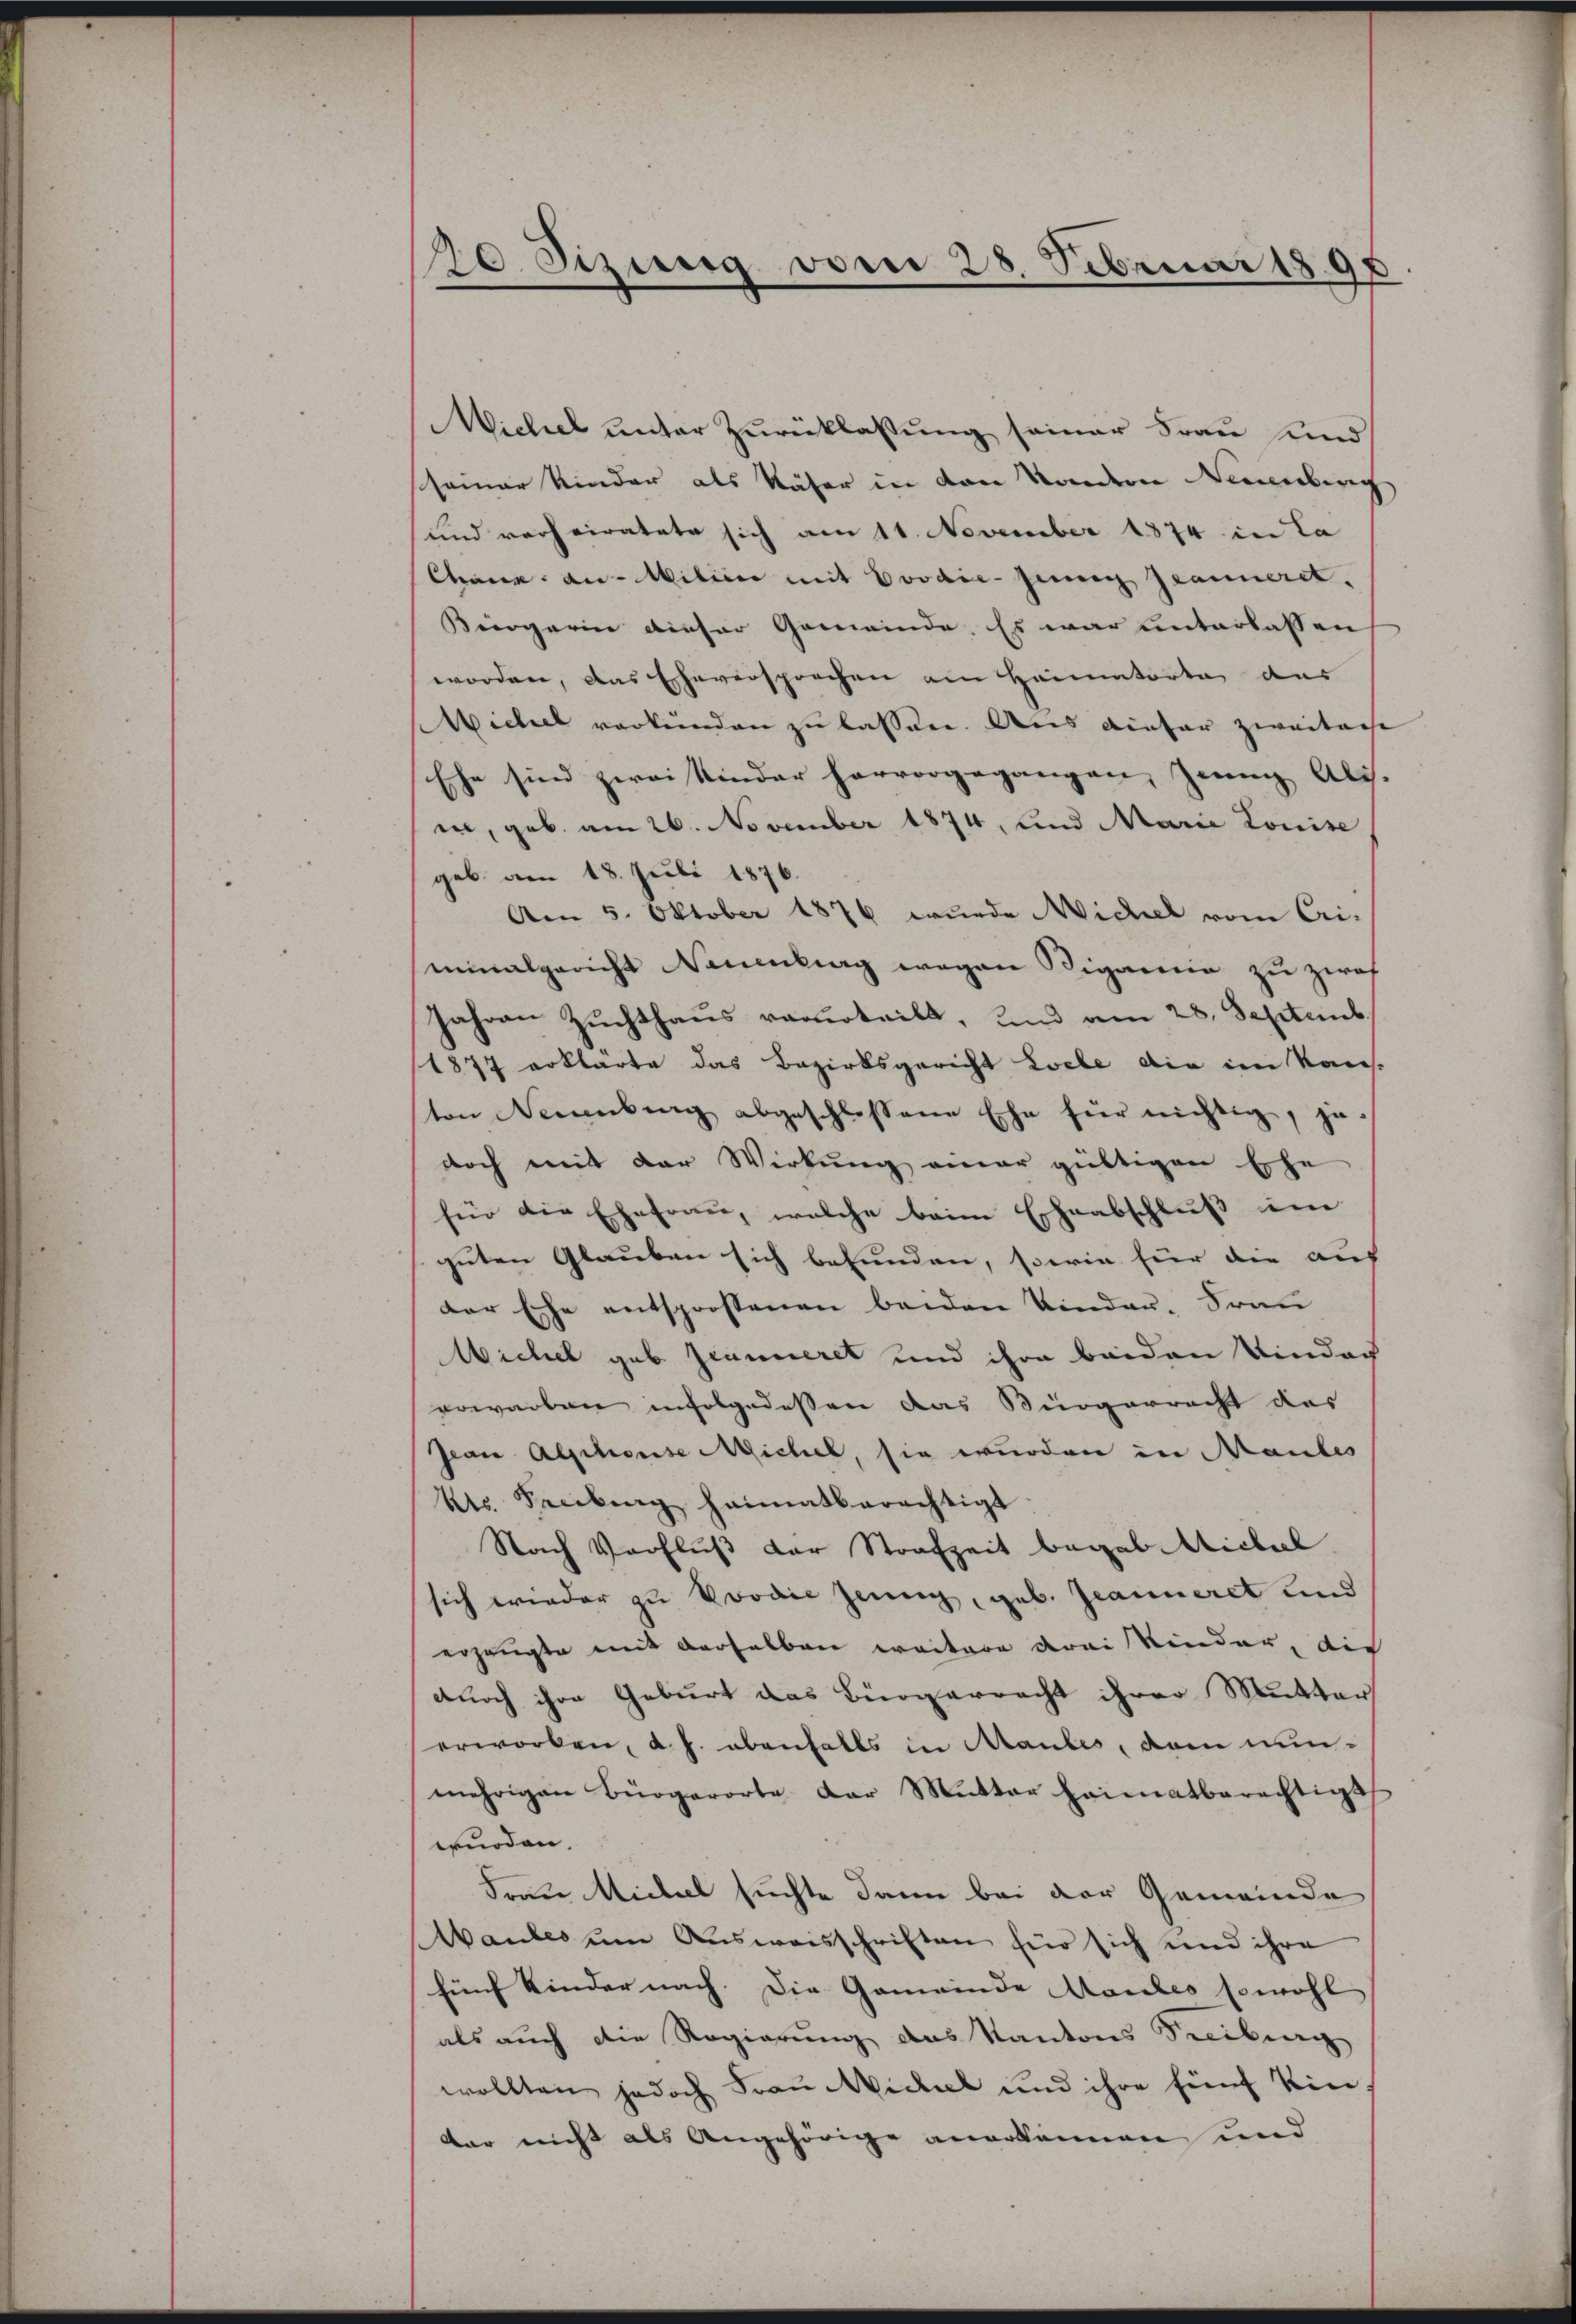
120. Sizung vom 28. Februar 1898

Michel unter Zurücklassung seiner Frau und
seiner Kinder als Näher in den Kondern Neuenburg
und verheiratete sich am 11. November 1874 in La
Chann au. Milinie mit Evodie- Jenny Jeanneret,
Bürgerin dieser Gemeinde. Es war unterlassen
worden, das Eheversprechen am Heimatorte der
Michel verkünden zu lassen. Aus diefer zweitere
Ehe sind zwei Kinder hervorgegangen, jeun Ali- |
i, geb. am 26. November 1874, und Marie Louise
geb. am 18. Juli 1876.
Am 5. Oktober 1876 wurde Michel vom Cri-
minalgericht Neuenburg wegen Rigamie zu zwof
Jahren Zuchthaus verurteilt, und am 28. Septemb
1877 erklärte das Bezirksgericht Loche die im Kans.
ton Neuenburg abgeschlossene Ehe für nichtig, je-
doch mit der Wirkung einer gültigen Ehe
für die Ehefrau, welche beim Eheabschluss um
guten Glauben sich befunden, sowie hier die aus
der Ehe entsprostenen beiden Vinder-Frau
Wichel geb. Jeanneret und ihre beiden Windach
wowarben infolgedessen das Bürgerrecht des
Jean Alphouse sichel, sie wurden in Mantes
kto. Seeberg heimatberechtigt
Nach Verfluß der Strafzeit begab Michael
sich wieder zu Prović jeung, geb. Jeanneret und
erzeugte mit derselben weitere drei Kinder, die
durch ihre Geburt das Bürgerracht ihrer Mutter
erworben, d. h. ebenfalls in Maubes, dem nunmehrigen Bürgerorte der Mutter heimatberechtigt
wurden.
Frau Michael suchte dann bei der Gemeinde
Waubes um Ausweisschriften für sich und ihre
fünf Kinder nach. Die Gemeinde Maules sowohl
als auch die Regierung des Kantons Freiburg
wollten jedoch Frau Michael und ihre fünf Kin
kar nicht als Angehörige anerkennen und